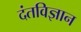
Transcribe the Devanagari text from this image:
दंतविज्ञान